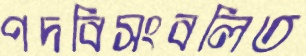
পদবিসংবলিত